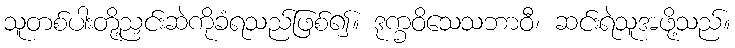
သူတစ်ပါးတို့ညှင်းဆဲကိုခံရသည်ဖြစ်၍။ ဒုက္ခဝိသေသဘာဝီ၊ ဆင်းရဲသူအဖို့သည်။